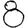
Digit: 8